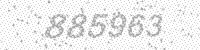
Solution: 885963